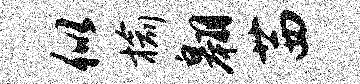
似榆翱茜